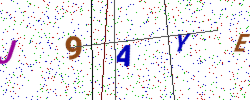
Text: J9AYE